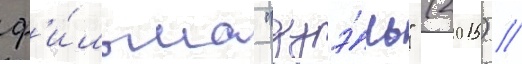
ф'и́льма "дуэ́ль" (2015) //